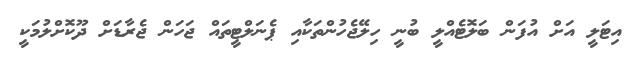
އިޓަލީ އަށް އުފަން ބަލޮޓެއްލީ ބުނީ ހިލޭޖެހުންތަކާއި ޕެނަލްޓީތައް ޖަހަން ޖެރާޑަށް ދޫކޮށްލުމަކީ